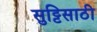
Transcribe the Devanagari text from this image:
सुट्टिसाठी